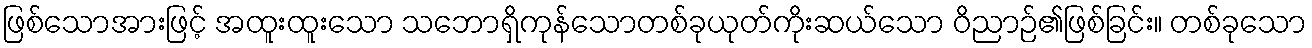
ဖြစ်သောအားဖြင့် အထူးထူးသော သဘောရှိကုန်သောတစ်ခုယုတ်ကိုးဆယ်သော ဝိညာဉ်၏ဖြစ်ခြင်း။ တစ်ခုသော